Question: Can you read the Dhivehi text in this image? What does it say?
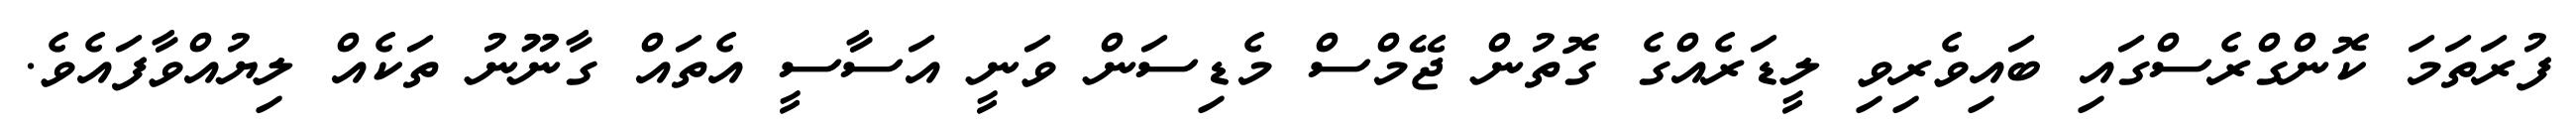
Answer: ފުރަތަމަ ކޮންގްރެސްގައި ބައިވެރިވި ލީޑަރެއްގެ ގޮތުން ޖޭމްސް މެޑިސަން ވަނީ އަސާސީ އެތައް ގާނޫނު ތަކެއް ލިޔުއްވާފައެވެ.